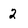
Character: 2